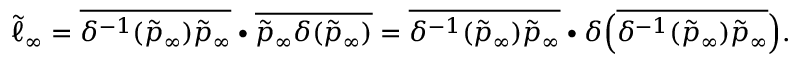
\tilde { \ell } _ { \infty } = \overline { { \delta ^ { - 1 } ( \tilde { p } _ { \infty } ) \tilde { p } _ { \infty } } } \bullet \overline { { \tilde { p } _ { \infty } \delta ( \tilde { p } _ { \infty } ) } } = \overline { { \delta ^ { - 1 } ( \tilde { p } _ { \infty } ) \tilde { p } _ { \infty } } } \bullet \delta \Big ( \overline { { \delta ^ { - 1 } ( \tilde { p } _ { \infty } ) \tilde { p } _ { \infty } } } \Big ) .